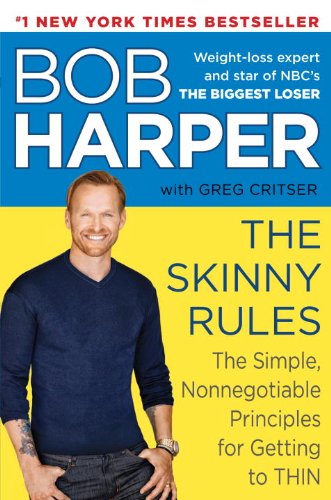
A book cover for The Skinny Rules: The Simple, Nonnegotiable Principles for Getting to Thin; Bob Harper; Humor & Entertainment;